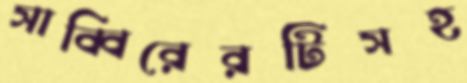
সাব্বিরেরটিসহ